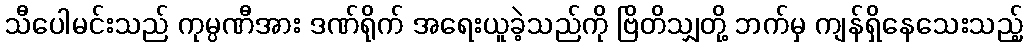
သီပေါမင်းသည် ကုမ္ပဏီအား ဒဏ်ရိုက် အရေးယူခဲ့သည်ကို ဗြိတိသျှတို့ ဘက်မှ ကျန်ရှိနေသေးသည့်